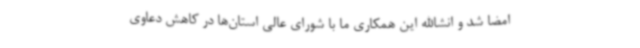
امضا شد و انشاالله این همکاری ما با شورای عالی استان‌ها در کاهش دعاوی